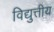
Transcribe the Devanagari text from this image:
विद्युत्तीय